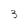
Character: 3